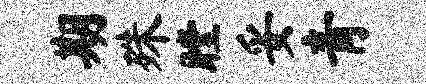
期殊瞠妥青